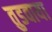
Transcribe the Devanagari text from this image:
तुडवाया